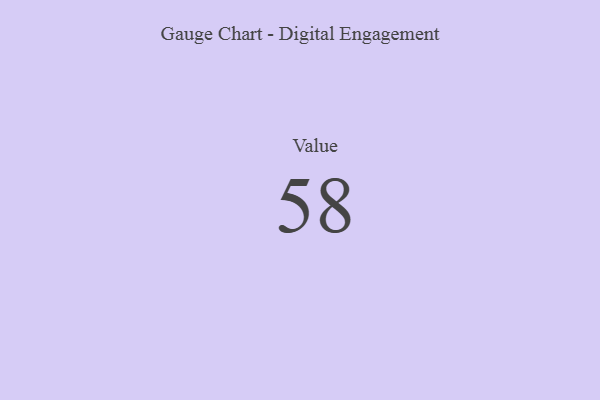
{"axis": {"x": "Metric", "y": "Value"}, "legend": [""], "data": [{"x": "Value", "y": 58, "type": ""}]}